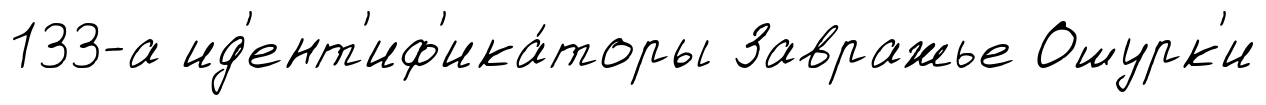
133-а ид'ент'иф'ика́торы Завражье Ошурк'и